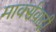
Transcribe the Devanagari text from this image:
मार्क्सवादी